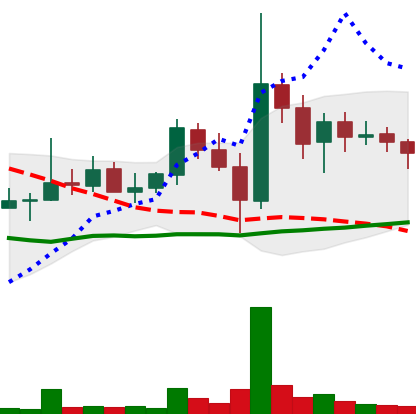
Ticker: DOGE-USD
Chart end date: 2021-11-04
Forward return: 3.892%
Label: up_3_5